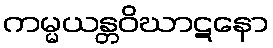
ကမ္မယန္တဝိဃာဋနော